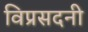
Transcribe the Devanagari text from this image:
विप्रसदनी